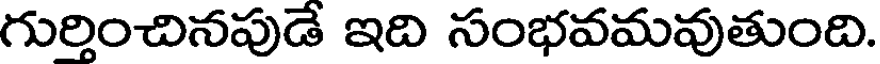
గుర్తించినపుడే ఇది సంభవమవుతుంది.